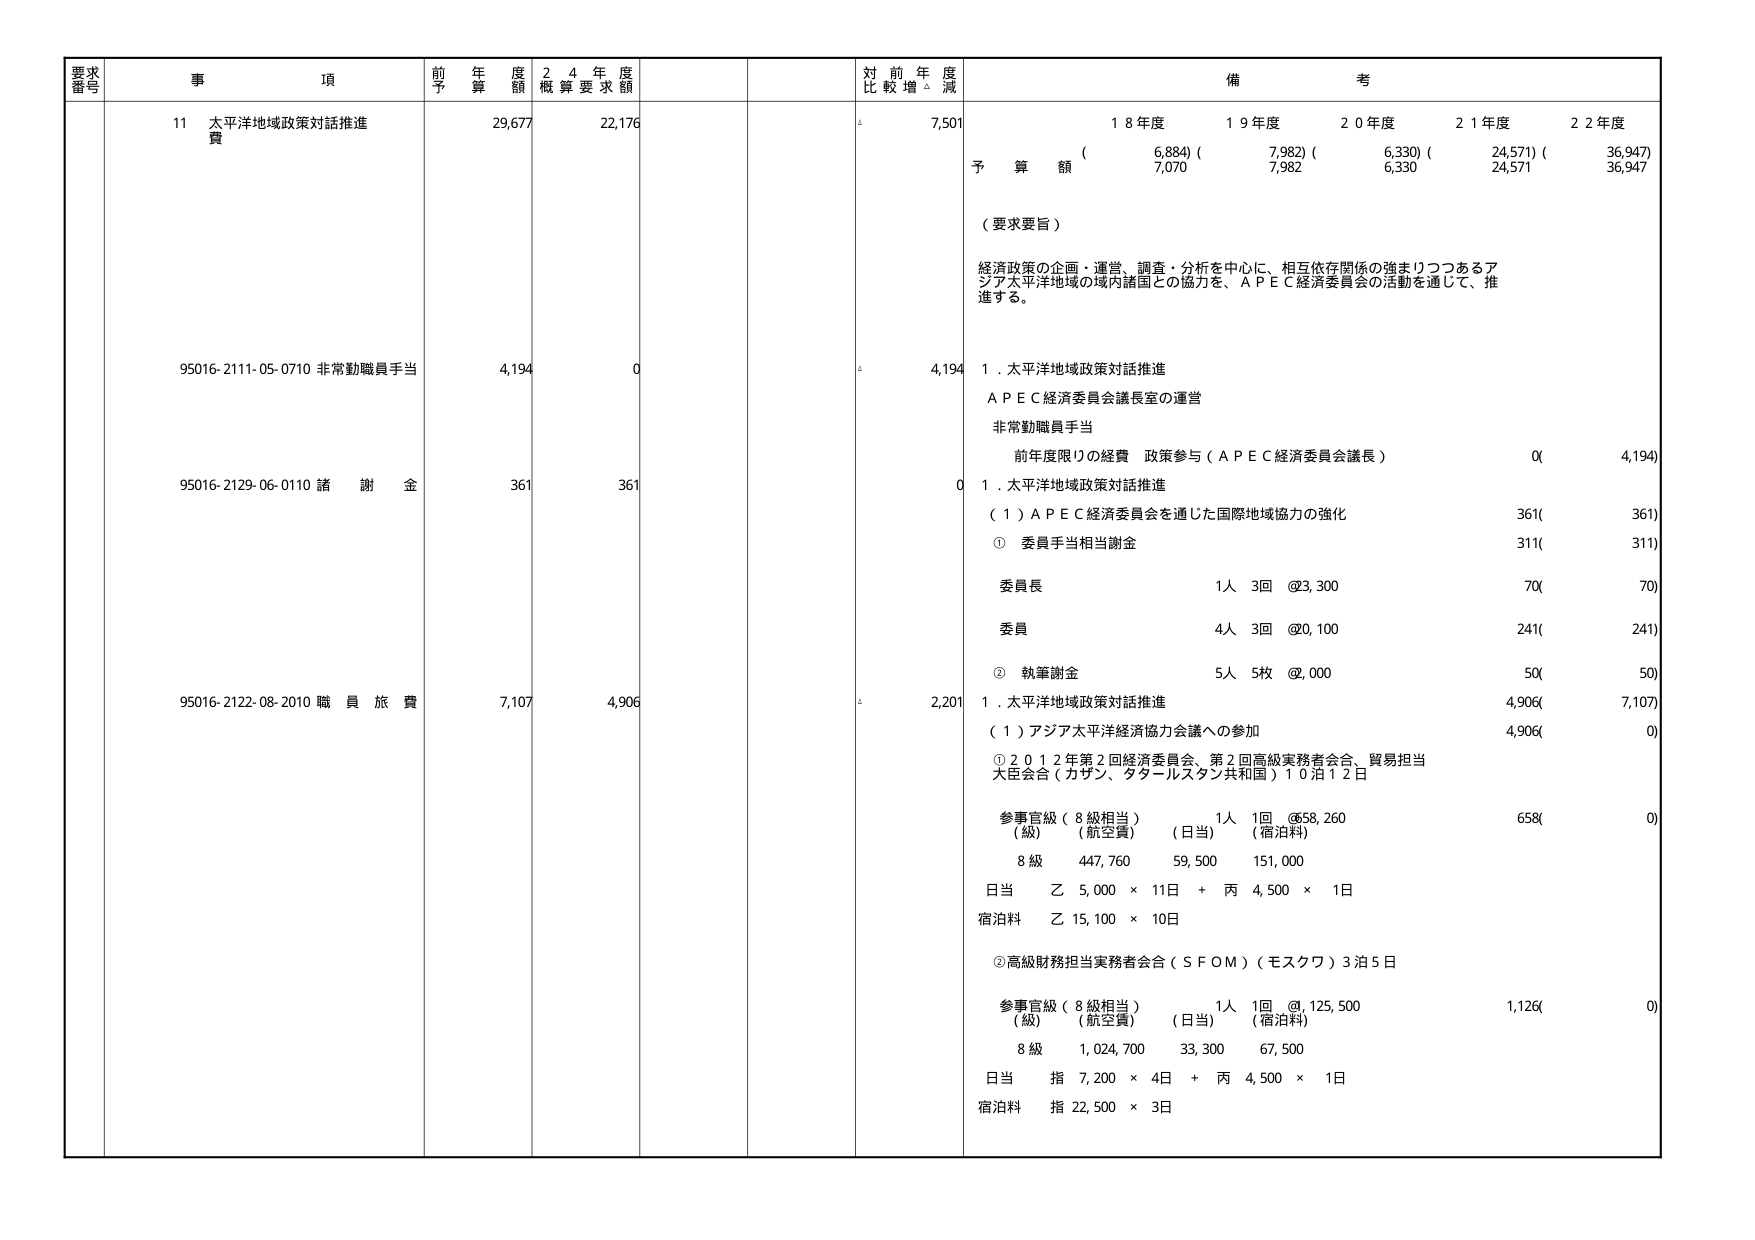
要求番号 事項 前年度予算額 24年度概算要求額 対前年度比較増減 備考
11 太平洋地域政策対話推進費 29,677 22,176 △ 7,501 18年度 19年度 20年度 21年度 22年度
(6,884)(7,982)(6,330)(24,571)(36,947)
予算額 7,070 7,982 6,330 24,571 36,947
（要求要旨）
経済政策の企画・運営、調査・分析を中心に、相互依存関係の強まりつつあるアジア太平洋地域の域内諸国との協力を、ＡＰＥＣ経済委員会の活動を通じて、推進する。
95016-2111-05-0710 非常勤職員手当 4,194 0 △ 4,194 1．太平洋地域政策対話推進
ＡＰＥＣ経済委員会議長室の運営
非常勤職員手当
前年度限りの経費 政策参与（ＡＰＥＣ経済委員会議長） 0( 4,194)
95016-2129-06-0110 諸謝金 361 361 0 1．太平洋地域政策対話推進
（1）ＡＰＥＣ経済委員会を通じた国際地域協力の強化 361( 361)
① 委員手当相当謝金 311( 311)
委員長 1人 3回 @23,300 70( 70)
委員 4人 3回 @20,100 241( 241)
② 執筆謝金 5人 5枚 @2,000 50( 50)
95016-2122-08-2010 職員旅費 7,107 4,906 △ 2,201 1．太平洋地域政策対話推進 4,906( 7,107)
（1）アジア太平洋経済協力会議への参加 4,906( 0)
① 2012年第2回経済委員会、第2回高級実務者会合、貿易担当大臣会合（カザン、タタールスタン共和国）10泊12日
参事官級（8級相当） 1人 1回 @658,260 658( 0)
（級） （航空費） （日当） （宿泊料）
8級 447,760 59,500 151,000
日当 乙 5,000 × 11日 + 丙 4,500 × 1日
宿泊料 乙 15,100 × 10日
② 高級財務担当実務者会合（ＳＦＯＭ）（モスクワ）3泊5日
参事官級（8級相当） 1人 1回 @125,500 1,126( 0)
（級） （航空費） （日当） （宿泊料）
8級 1,024,700 33,300 67,500
日当 指 7,200 × 4日 + 丙 4,500 × 1日
宿泊料 指 22,500 × 3日